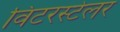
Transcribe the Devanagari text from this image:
विंटरस्टेलर